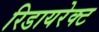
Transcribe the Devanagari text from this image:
रिडायरेक्ट